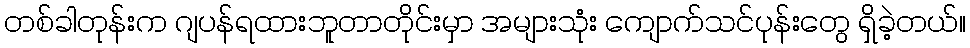
တစ်ခါတုန်းက ဂျပန်ရထားဘူတာတိုင်းမှာ အများသုံး ကျောက်သင်ပုန်းတွေ ရှိခဲ့တယ်။